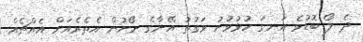
ދެ ލޯ ބޮޑުވެ އަނގަ ހުޅުވުނު ވަގުތު އޭނާގެ ނޯށުން އެތެރެއަށް އެއްޗެއް